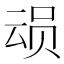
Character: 𮷎